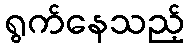
ရွက်နေသည့်